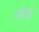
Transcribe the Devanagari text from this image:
करेजू